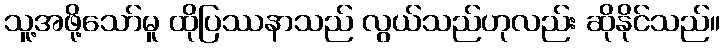
သူ့အဖို့သော်မူ ထိုပြဿနာသည် လွယ်သည်ဟုလည်း ဆိုနိုင်သည်။